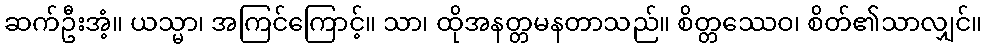
ဆက်ဦးအံ့။ ယသ္မာ၊ အကြင်ကြောင့်။ သာ၊ ထိုအနတ္တမနတာသည်။ စိတ္တဿေဝ၊ စိတ်၏သာလျှင်။